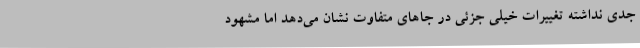
جدی نداشته تغییرات خیلی جزئی در جاهای متفاوت نشان می‌دهد اما مشهود